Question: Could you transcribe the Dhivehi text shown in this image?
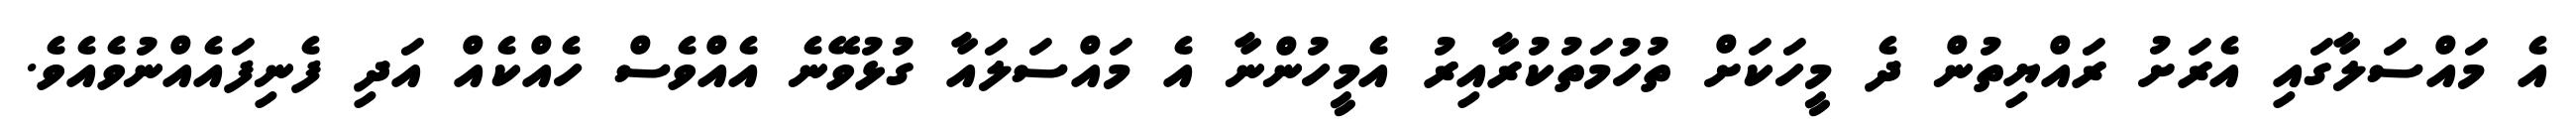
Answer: އެ މައްސަލާގައި އެރަށު ރައްޔިތުން ދެ މީހަކަށް ތުހުމަތުކުރާއިރު އެމީހުންނާ އެ މައްސަލައާ ގުޅުވޭނެ އެއްވެސް ހެއްކެއް އަދި ފެނިފައެއްނުވެއެވެ.